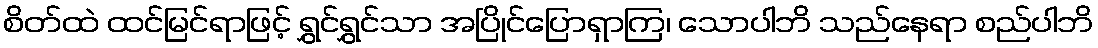
စိတ်ထဲ ထင်မြင်ရာဖြင့် ရွှင်ရွှင်သာ အပြိုင်ပြောရှာကြ၊ သောပါဘိ သည်နေရာ စည်ပါဘိ